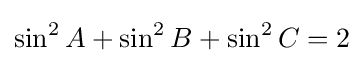
\sin ^{2}{A}+\sin ^{2}{B}+\sin ^{2}{C}=2